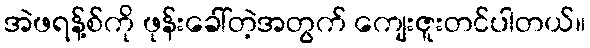
အဲဖရန့်စ်ကို ဖုန်းခေါ်တဲ့အတွက် ကျေးဇူးတင်ပါတယ်။